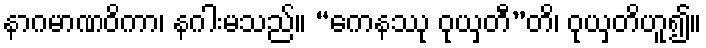
နာဂမာဏဝိကာ၊ နဂါးမသည်။ “ကေနဿု ဝုယှတီ”တိ၊ ဝုယှတိဟူ၍။